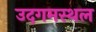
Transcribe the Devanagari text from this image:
उदगमस्थल